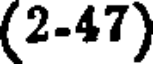
(2-47)